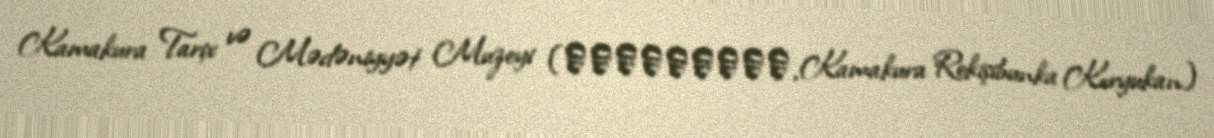
Kamakura Tarix və Mədəniyyət Muzeyi (鎌倉歴史文化交流館, Kamakura Rekişibunka Koryukan)